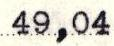
49,04